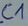
Text: C1